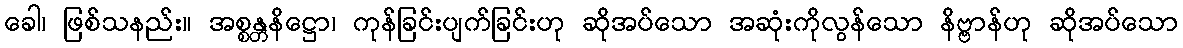
ခေါ၊ ဖြစ်သနည်း။ အစ္စန္တနိဋ္ဌော၊ ကုန်ခြင်းပျက်ခြင်းဟု ဆိုအပ်သော အဆုံးကိုလွန်သော နိဗ္ဗာန်ဟု ဆိုအပ်သော